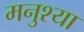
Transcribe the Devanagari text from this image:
मनुश्या